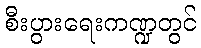
စီးပွားရေးကဏ္ဍတွင်